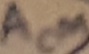
Text: ACM